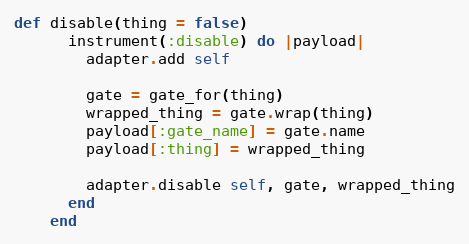
Language: Ruby
def disable(thing = false)
      instrument(:disable) do |payload|
        adapter.add self

        gate = gate_for(thing)
        wrapped_thing = gate.wrap(thing)
        payload[:gate_name] = gate.name
        payload[:thing] = wrapped_thing

        adapter.disable self, gate, wrapped_thing
      end
    end